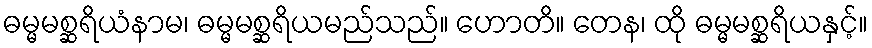
ဓမ္မမစ္ဆရိယံနာမ၊ ဓမ္မမစ္ဆရိယမည်သည်။ ဟောတိ။ တေန၊ ထို ဓမ္မမစ္ဆရိယနှင့်။